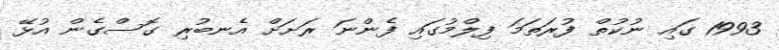
1993 ގައި ނުކުތް ފުރަތަމަ ފިލްމުގައި ފެންނަ ރަށަށް އެނބުރި ގޮސްގެން އުޅޭ